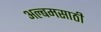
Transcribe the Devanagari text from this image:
अल्बमसाठी